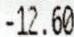
-12.60